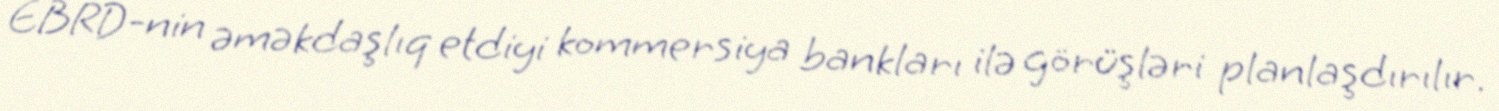
EBRD-nin əməkdaşlıq etdiyi kommersiya bankları ilə görüşləri planlaşdırılır.